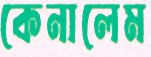
কেনালেম